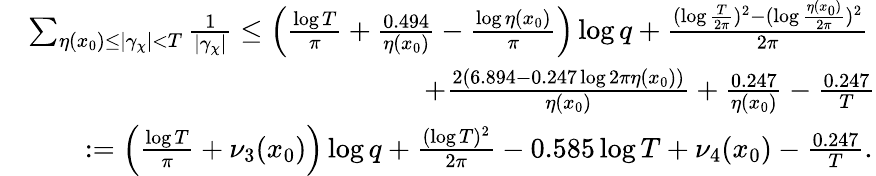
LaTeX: \begin{array}{rl}&{\sum_{\eta(x_{0})\leq|\gamma_{\chi}|<T}\frac{1}{|\gamma_{\chi}|}\leq\left(\frac{\log{T}}{\pi}+\frac{0.494}{\eta(x_{0})}-\frac{\log{\eta(x_{0})}}{\pi}\right)\log{q}+\frac{(\log{\frac{T}{2\pi}})^{2}-(\log{\frac{\eta(x_{0})}{2\pi}})^{2}}{2\pi}}\\ &{\qquad\qquad\qquad\qquad\qquad\qquad\qquad+\frac{2\left(6.894-0.247\log{2\pi\eta(x_{0})}\right)}{\eta(x_{0})}+\frac{0.247}{\eta(x_{0})}-\frac{0.247}{T}}\\ &{\qquad:=\left(\frac{\log{T}}{\pi}+\nu_{3}(x_{0})\right)\log{q}+\frac{(\log{T})^{2}}{2\pi}-0.585\log{T}+\nu_{4}(x_{0})-\frac{0.247}{T}.}\end{array}